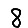
Digit: 8